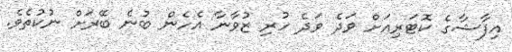
އިފާޝާގެ ކޮޓަރިއަށް ވަދެ ވަދެ ހުރި ޒުވާނާ އެހެން ބުނެ ބޭރަށް ނުކުތެވެ.